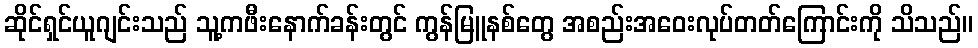
ဆိုင်ရှင်ယူဂျင်းသည် သူ့ကဖီးနောက်ခန်းတွင် ကွန်မြူနစ်တွေ အစည်းအဝေးလုပ်တတ်ကြောင်းကို သိသည်။